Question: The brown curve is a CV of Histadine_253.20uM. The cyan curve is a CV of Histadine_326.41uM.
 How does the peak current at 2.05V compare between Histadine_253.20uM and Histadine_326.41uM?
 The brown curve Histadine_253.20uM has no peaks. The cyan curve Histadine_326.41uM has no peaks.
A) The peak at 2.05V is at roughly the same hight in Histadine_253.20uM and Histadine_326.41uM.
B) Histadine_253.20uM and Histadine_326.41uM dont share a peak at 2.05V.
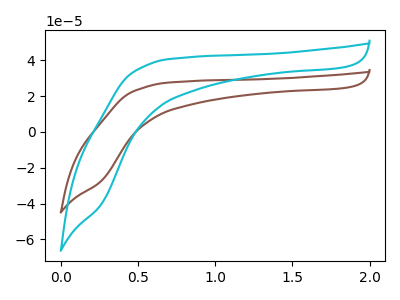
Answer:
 <answer>B) "Histadine_253.20uM" and "Histadine_326.41uM" dont share a peak at 2.05V.</answer>
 <eval>B</eval>